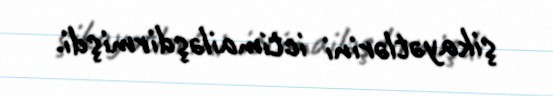
şikayətlərini ictimailəşdirmişdi.